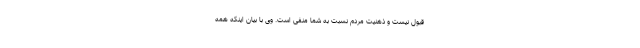
قبول نیست و ذهنیت مردم نسبت به شما منفی است. وی با بیان اینکه همه